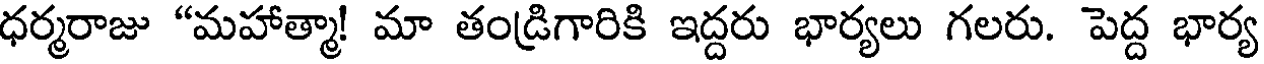
ధర్మరాజు "మహాత్మా! మా తండ్రిగారికి ఇద్దరు భార్యలు గలరు. పెద్ద భార్య